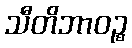
သီတိဘာဝဉ္စ